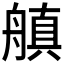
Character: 𬜘